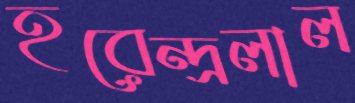
হরেন্দ্রলাল